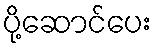
ပို့ဆောင်ပေး